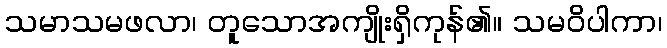
သမာသမဖလာ၊ တူသောအကျိုးရှိကုန်၏။ သမဝိပါကာ၊